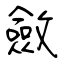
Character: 斂